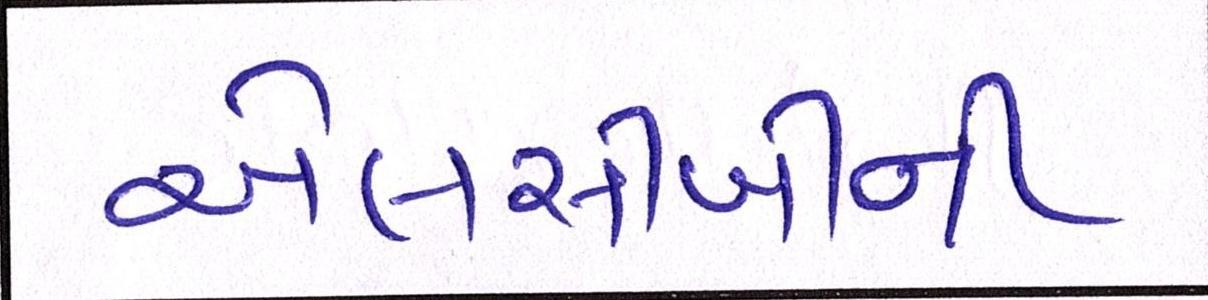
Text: એલસીબીની